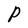
Character: P